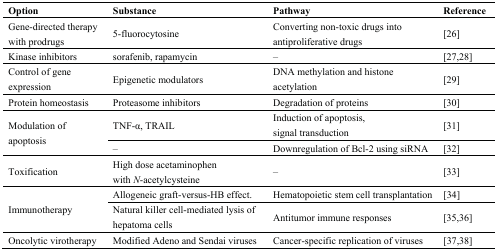
| Option | Substance | Pathway | Reference |
 | --- | --- | --- | --- |
 | Gene-directed therapy with prodrugs | 5-fluorocytosine | Converting non-toxic drugs into antiproliferative drugs | [26] |
 | Kinase inhibitors | sorafenib, rapamycin | – | [27,28] |
 | Control of gene expression | Epigenetic modulators | DNA methylation and histone acetylation | [29] |
 | Protein homeostasis | Proteasome inhibitors | Degradation of proteins | [30] |
 | <ROWSPAN=2> Modulation of apoptosis | TNF-α, TRAIL | Induction of apoptosis, signal transduction | [31] |
 | – | Downregulation of Bcl-2 using siRNA | [32] |
 | Toxification | High dose acetaminophen with N-acetylcysteine | – | [33] |
 | <ROWSPAN=2> Immunotherapy | Allogeneic graft-versus-HB effect. | Hematopoietic stem cell transplantation | [34] |
 | Natural killer cell-mediated lysis of hepatoma cells | Antitumor immune responses | [35,36] |
 | Oncolytic virotherapy | Modified Adeno and Sendai viruses | Cancer-specific replication of viruses | [37,38] |